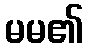
မမ၏